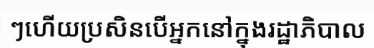
ៗហើយប្រសិនបើអ្នកនៅក្នុងរដ្ឋាភិបាល